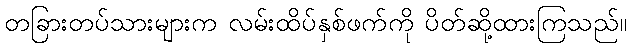
တခြားတပ်သားများက လမ်းထိပ်နှစ်ဖက်ကို ပိတ်ဆို့ထားကြသည်။